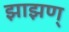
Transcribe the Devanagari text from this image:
झाझण्